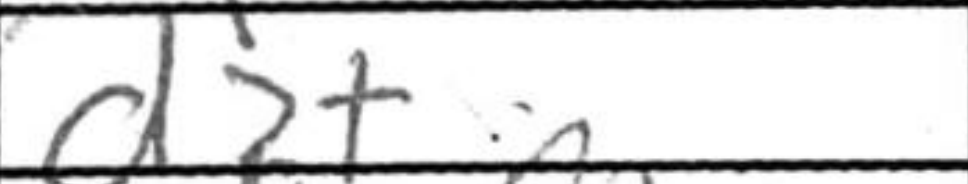
Transcription: d2+